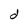
Character: d